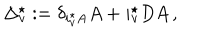
\Delta _ { v } ^ { \star } : = \delta _ { i _ { v } ^ { \star } A } A + i _ { v } ^ { \star } D A \, ,